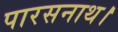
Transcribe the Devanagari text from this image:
पारसनाथ।